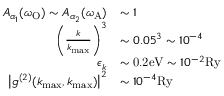
\begin{array} { r l } { A _ { \alpha _ { 1 } } ( \omega _ { \mathrm { O } } ) \sim A _ { \alpha _ { 2 } } ( \omega _ { \mathrm { A } } ) } & { \sim 1 } \\ { \left( \frac { k } { k _ { \operatorname* { m a x } } } \right) ^ { 3 } } & { \sim 0 . 0 5 ^ { 3 } \sim 1 0 ^ { - 4 } } \\ { \epsilon _ { k } } & { \sim \mathrm { 0 . 2 e V } \sim 1 0 ^ { - 2 } \mathrm { R y } } \\ { \big | g ^ { ( 2 ) } ( k _ { \operatorname* { m a x } } , k _ { \operatorname* { m a x } } ) \big | ^ { 2 } } & { \sim 1 0 ^ { - 4 } \mathrm { R y } } \end{array}